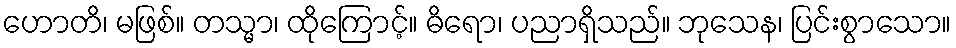
ဟောတိ၊ မဖြစ်။ တသ္မာ၊ ထိုကြောင့်။ ဓိရော၊ ပညာရှိသည်။ ဘုသေန၊ ပြင်းစွာသော။